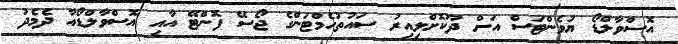
އޮސްވާލްޑޯ ޔުވެންޓަސް އަށް ދޫކޮށްލިއިރު ސައުތުހެމްޓަންގެ ޖޯސޭ ފޮންޓޭ އާއި އޮސްވާލްޑޯއާ ދެމެދު